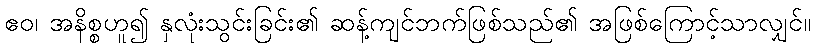
ဧဝ၊ အနိစ္စဟူ၍ နှလုံးသွင်းခြင်း၏ ဆန့်ကျင်ဘက်ဖြစ်သည်၏ အဖြစ်ကြောင့်သာလျှင်။